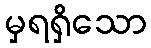
မှရရှိသော